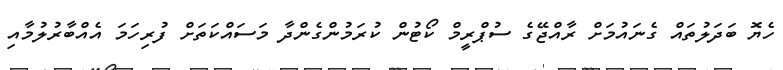
ހެޔޮ ބަދަލުތައް ގެނައުމަށް ރާއްޖޭގެ ސުޕްރީމް ކޯޓުން ކުރަމުންގެންދާ މަސައްކަތަށް ފުރިހަމަ އެއްބާރުލުމާއި